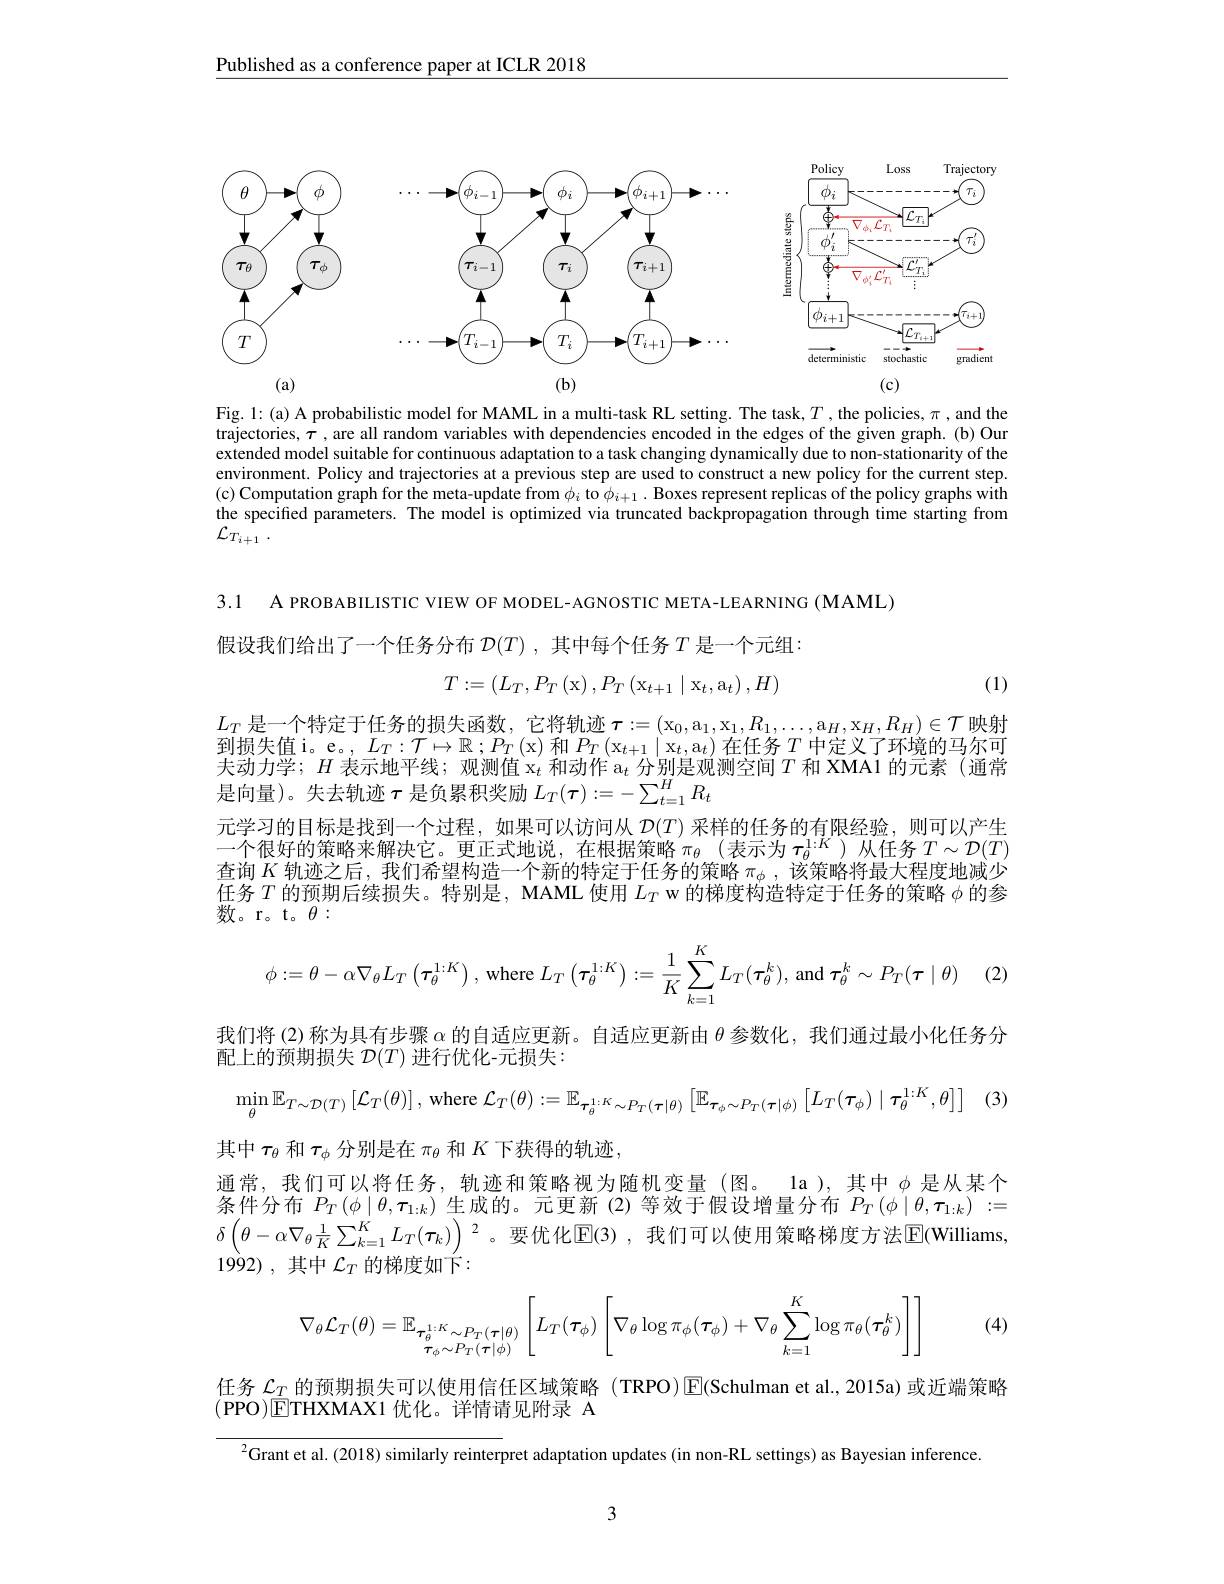
Published as a conference paper at ICLR 2018

<FigureHere>

Fig. l: (a) A probabilistic model for MAML in a multi-task RL setting. The task, $T$ ,the policies, $\pi$ , and the trajectories, $\tau$ , are all random variables with dependencies encoded in the edges of the given graph. (b) Our extended model suitable for continuous adaptation to a task changing dynamically due to non-stationarity of the environment. Policy and trajectories at a previous step are used to construct a new policy for the current step. (c) Computation graph for the meta-update from $\phi_i$ to $\phi_{i+1}.$ Boxes represent replicas of the policy graphs with the specified parameters. The model is optimized via truncated backpropagation through time starting from ${\mathcal{L} }_{T_{i+ 1}}$ .

3.1 A PROBABILISTIC VIEW OF MODEL-AGNOSTIC META-LEARNING (MAML)
假设我们给出了一个任务分布$\mathcal{D} ( T)$ , 其 中 每 个 任 务 $T$是一个元组：
$$T:=\begin{pmatrix}L_T,P_T\left(\mathrm x\right),P_T\left(\mathrm x_{t+1}\mid\mathrm x_t,\mathrm a_t\right),H\end{pmatrix}$$
(1)

$L_T$是一个特定于任务的损失函数，它将轨迹$\tau : = ( \mathrm{x} _0, a_1, x_1, R_1, \ldots , a_H, x_H, R_H) \in \mathcal{T}$映射到 损 失 值 i。e。, $L_T: \mathcal{T} \mapsto \mathbb{R} ; P_T($x) 和 $P_T( \mathrm{x} _t+ 1\mid \mathrm{x} _t, \mathrm{a} _t)$ 在 任 务 $T$ 中 定 义 了 环 境 的 马 尔 可 十 场 中 当 $\cdot U\text{ 车 三 地 亚 公 。观 测 估 一 种 土 化 }^{\text{个 人 则 目 测 测 应 问 }T\text{ 和 MA}1\text{ 的 三 }\pm ( \:) \text{ 总 总 }}$ 夫动力学；$H$ 表 示 地 平 线 ; 观 测 值 $\mathrm{x} _t$和动作 a$_t$分别是观测空间$T$和 XMA1 的元素 (通常是 向 量 ) 。失 去 轨 迹 $\tau$ 是 负 累 积 奖 励 $L_{T}( \tau ) : = - \sum _{t= 1}^{H}R_{t}$
元学习的目标是找到一个过程，如果可以访问从$\mathcal{D}(T)$采样的任务的有限经验，则可以产生一个很好的策略来解决它。更正式地说，在根据策略$\pi_\theta($表示为$\tau_\theta^\mathrm{l:K})$从任务$T\sim\mathcal{D}(T)$ 查询$K$轨迹之后，我们希望构造一个新的特定于任务的策略$\pi_\phi,\bar{\text{该策略将最大程度地减少}}$ 任务$T$的预期后续损失。特别是，MAML 使用$L_T$ w 的梯度构造特定于任务的策略$\phi$的参数。r。t。$\theta:$
$$\phi:=\theta-\alpha\nabla_\theta L_T\left(\boldsymbol{\tau}_\theta^{1:K}\right),\text{where}L_T\left(\boldsymbol{\tau}_\theta^{1:K}\right):=\frac{1}{K}\sum_{k=1}^KL_T(\boldsymbol{\tau}_\theta^k),\text{and}\boldsymbol{\tau}_\theta^k\sim P_T(\boldsymbol{\tau}\mid\theta)$$
(2)

我们将 (2) 称为具有步骤$\alpha$的自适应更新。自适应更新由$\theta$参数化，我们通过最小化任务分

配上的预期损失$\mathcal{D}(T)$进行优化-元损失：
$$\min_{\theta}\mathbb{E}_{T\sim\mathcal{D}(T)}\left[\mathcal{L}_{T}(\theta)\right],\:\mathrm{where}\:\mathcal{L}_{T}(\theta):=\mathbb{E}_{\tau_{\theta}^{1:K}\sim P_{T}(\tau|\theta)}\left[\mathbb{E}_{\tau_{\phi}\sim P_{T}(\tau|\phi)}\left[L_{T}(\tau_{\phi})\mid\tau_{\theta}^{1:K},\theta\right]\right]$$
其中$\tau_\theta$和$\tau_\phi$分别是在$\pi_\theta$和$K$下获得的轨迹，
通常，我们可以将任务，轨迹和策略视为随机变量(图。la),其中$\phi$ 是从某个条件分布$P_T\left(\phi\mid\theta,\boldsymbol{\tau}_{1:k}\right)$生成的。元更新 (2)等效于假设增量分布$P_T\left(\phi\mid\theta,\boldsymbol{\tau}_{1:k}\right):=$ $\delta\left(\theta-\alpha\nabla_{\theta}\frac{1}{K}\sum_{k=1}^{K}L_{T}(\boldsymbol{\tau}_{k})\right)^{2}$。要优化E(3),我们可以使用策略梯度方法E(Williams $19\dot{9}$2),其中 $\mathcal{L}_T$ 的梯度如下：
$$\nabla_\theta\mathcal{L}_T(\theta)=\mathbb{E}_{\tau_\theta^{1:K}\sim P_T(\tau|\theta)}\left[L_T(\tau_\phi)\left[\nabla_\theta\log\pi_\phi(\tau_\phi)+\nabla_\theta\sum_{k=1}^K\log\pi_\theta(\tau_\theta^k)\right]\right]$$
(4)

任务$\mathcal{L}_T$的预期损失可以使用信任区域策略 (TRPO)$\operatorname{E}($Schulman et al.,2015a)或近端策略
(PPO)ETHXMAX1 优化。详情请见附录 A
$^{2}$Grant et al.(2018) similarly reinterpret adaptation updates(in non-RL settings) as Bayesian inference.

3